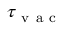
\tau _ { \mathrm { ~ v ~ a ~ c ~ } }